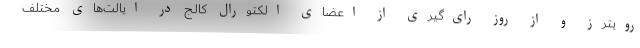
رویترز و از روز رای‌گیری از اعضای الکتورال کالج در ایالت‌های مختلف